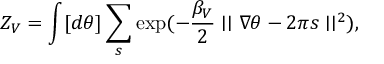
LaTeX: Z _ { V } = \int [ d \theta ] \sum _ { s } \exp ( - \frac { { \beta } _ { V } } { 2 } \mid \mid \nabla \theta - 2 \pi s \mid \mid ^ { 2 } ) ,